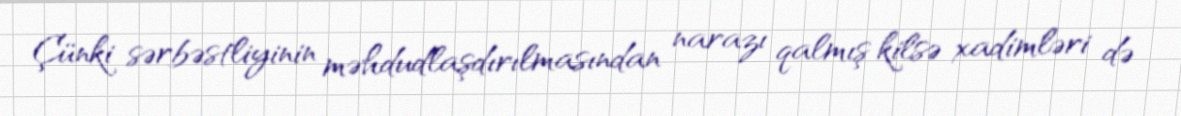
Çünki sərbəstliyinin məhdudlaşdırılmasından narazı qalmış kilsə xadimləri də